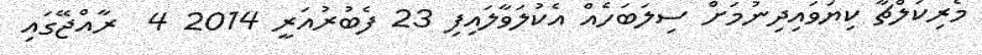
މެރިކަލްޗާ ކިޔަވައިދިނުމަށް ސިލަބަހެއް އެކުލަވާލައިފި 23 ފެބުރުއަރީ 2014 4  ރާއްޖޭގައި